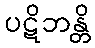
ပဋိဘန္တိ